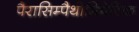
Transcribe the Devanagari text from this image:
पैरासिम्पैथोमिमेटिक